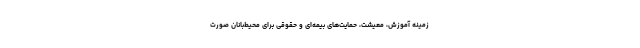
زمینه آموزش، معیشت، حمایت‌های بیمه‌ای و حقوقی برای محیط‌بانان صورت